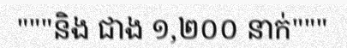
"""និង ជាង ១,២០០ នាក់"""